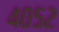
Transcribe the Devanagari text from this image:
४०५२